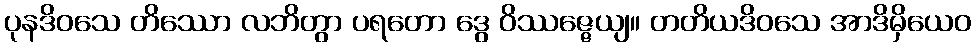
ပုနဒိဝသေ တိဿော လဘိတွာ ပရတော ဒွေ ဝိဿဇ္ဇေယျ။ တတိယဒိဝသေ အာဒိမှိယေဝ